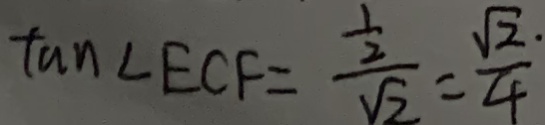
\tan \angle E C F = \frac { \frac { 1 } { 2 } } { \sqrt { 2 } } = \frac { \sqrt { 2 . } } { 4 }